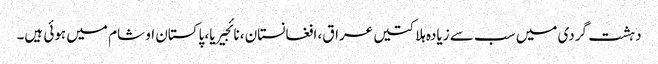
دہشت گردی میں سب سے زیادہ ہلاکتیں عراق، افغانستان، نائجیریا، پاکستان او شام میں ہوئی ہیں۔